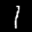
Label: 1